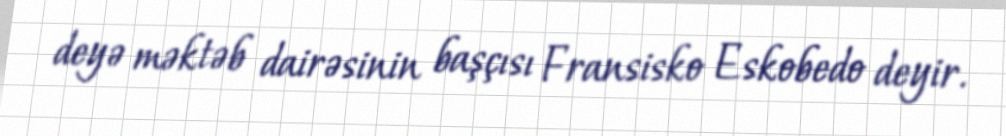
deyə məktəb dairəsinin başçısı Fransisko Eskobedo deyir.